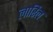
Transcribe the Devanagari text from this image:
लारिल